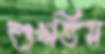
শুখতিস